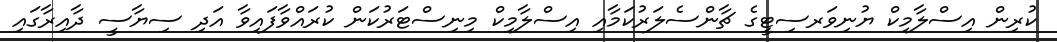
ކުރިން އިސްލާމިކް ޔުނިވަރސިޓީގެ ޗާންސެލަރުކަމާއި އިސްލާމިކް މިނިސްޓަރުކަން ކުރައްވާފައިވާ އަދި ސިޔާސީ ދާއިރާގައި